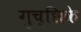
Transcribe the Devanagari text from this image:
गुच्छिके